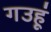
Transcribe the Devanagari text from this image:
गउहूं